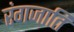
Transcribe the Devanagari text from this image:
रंगजाति